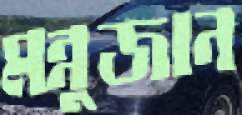
মন্নুজান